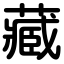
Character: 藏